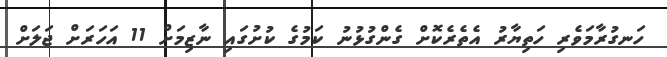
ހަނގުރާމަވެރި ހަތިޔާރު އެތެރެކޮށް ގެންގުޅުނު ކަމުގެ ކުށުގައި ނާޒިމަށް 11 އަހަރަށް ޖަލަށް